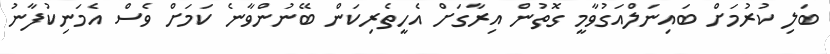
ބަލި ކުރުމަށް ބައިނަލްއަގުވާމީ ގޮތުން އިރާގަށް އެހީތެރިކަން ބޭނުންވާނެ ކަމަށް ވެސް އެމަނިކުފާނު